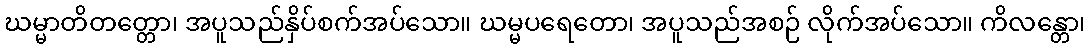
ဃမ္မာတိတတ္တော၊ အပူသည်နှိပ်စက်အပ်သော။ ဃမ္မပရေတော၊ အပူသည်အစဉ် လိုက်အပ်သော။ ကိလန္တော၊